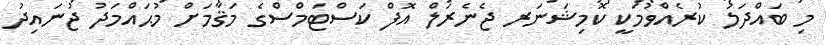
މި ބައްދަލު ކުރެއްވުމަކީ ކޮމިޝަނަރ ޖެނެރަލް އޮފް ކަސްޓަމްސްގެ މަޤާމަށް މުޙައްމަދު ޖުނައިދު